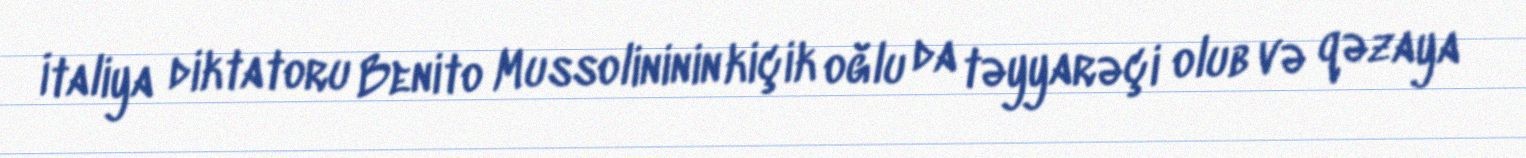
İtaliya diktatoru Benito Mussolininin kiçik oğlu da təyyarəçi olub və qəzaya